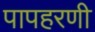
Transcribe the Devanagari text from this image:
पापहरणी